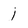
Character: j